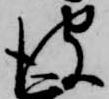
彼